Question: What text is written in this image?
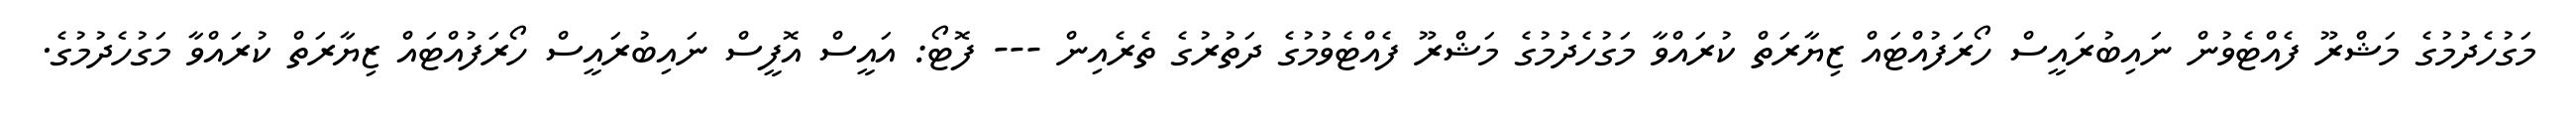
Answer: މަގުހެދުމުގެ މަޝްރޫ ފެއްޓެވުން ނައިބުރައީސް ހޯރަފުއްޓައް ޒިޔާރަތް ކުރައްވާ މަގުހެދުމުގެ މަޝްރޫ ފެއްޓެވުމުގެ ދަތުރުގެ ތެރެއިން --- ފޮޓޯ: އައީސް އޮފީސް ނައިބުރައީސް ހޯރަފުއްޓައް ޒިޔާރަތް ކުރައްވާ މަގުހެދުމުގެ.